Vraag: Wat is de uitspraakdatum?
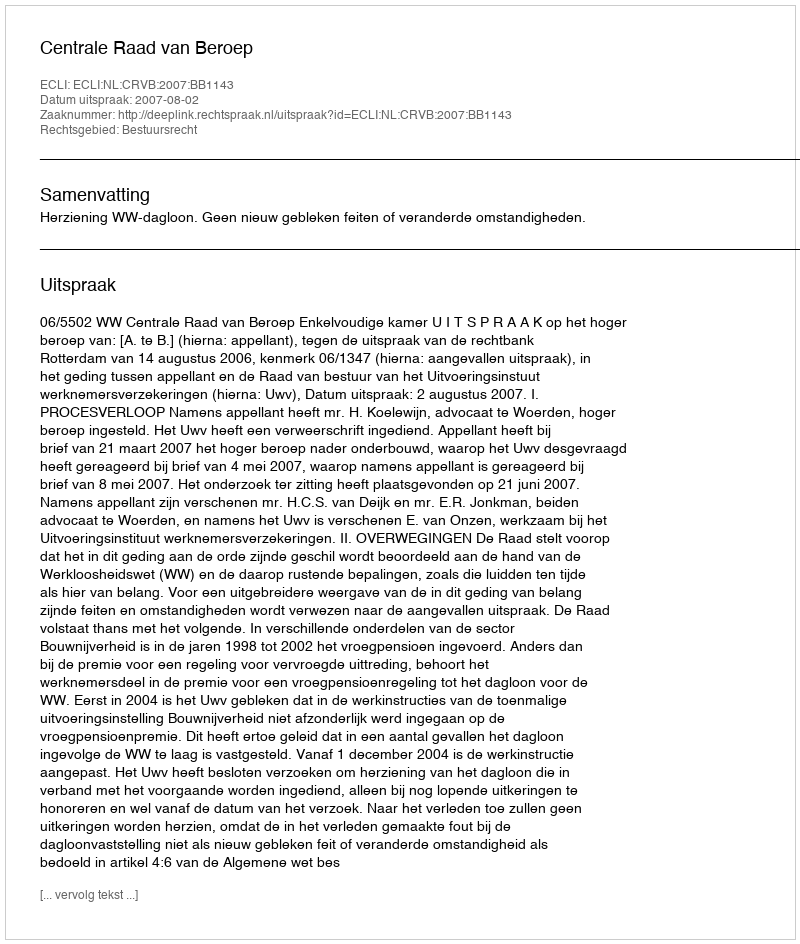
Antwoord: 2007-08-02